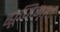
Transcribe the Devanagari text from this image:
ह्यूजिनात